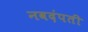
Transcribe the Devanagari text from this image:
नवदंपती